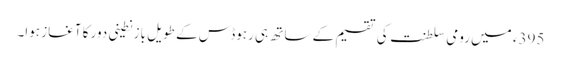
395ء میں رومی سلطنت کی تقسیم کے ساتھ ہی رہوڈس کے طویل بازنطینی دور کا آغاز ہوا۔